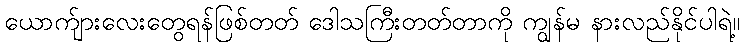
ယောက်ျားလေးတွေရန်ဖြစ်တတ် ဒေါသကြီးတတ်တာကို ကျွန်မ နားလည်နိုင်ပါရဲ့။